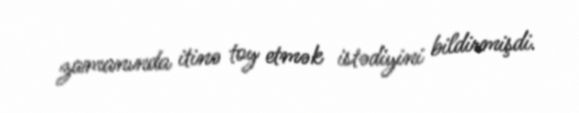
zamanında itinə toy etmək istədiyini bildirmişdi.